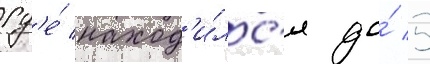
гд'е́ наход'и́лс'я до́ 5